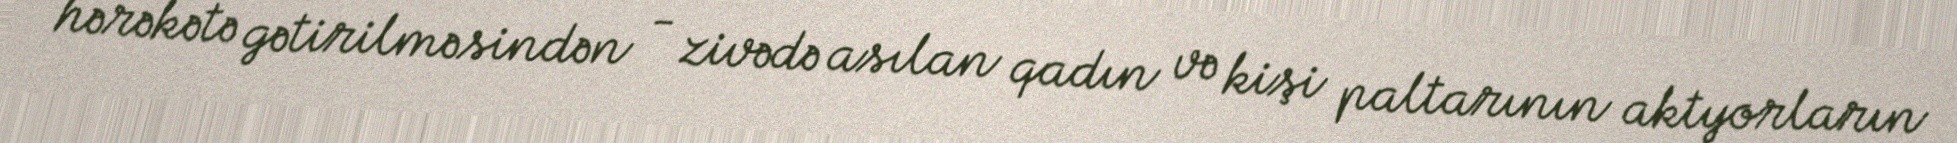
hərəkətə gətirilməsindən - zivədə asılan qadın və kişi paltarının aktyorların